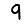
Digit: 9